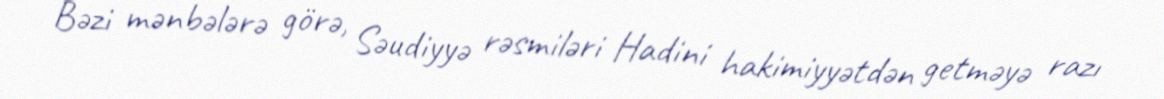
Bəzi mənbələrə görə, Səudiyyə rəsmiləri Hadini hakimiyyətdən getməyə razı